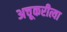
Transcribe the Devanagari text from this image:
अचूकरीत्या